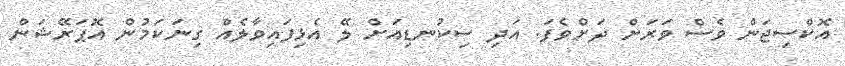
އޮކްސިޖަން ވެސް ވަރަށް ދަށްވެފަ. އަދި ސިކުނޑިއަށް ލޭ އެޅިފައިވާލެއް ގިނަކަމުން އޮޕަރޭޝަން